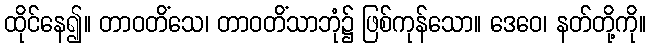
ထိုင်နေ၍။ တာဝတိံသေ၊ တာဝတိံသာဘုံ၌ ဖြစ်ကုန်သော။ ဒေဝေ၊ နတ်တို့ကို။